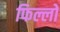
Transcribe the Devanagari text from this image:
फिल्लो